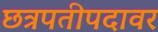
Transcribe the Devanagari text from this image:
छत्रपतीपदावर